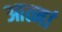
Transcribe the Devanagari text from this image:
आत्मां